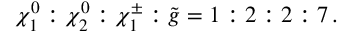
\chi _ { 1 } ^ { 0 } : \chi _ { 2 } ^ { 0 } : \chi _ { 1 } ^ { \pm } : \tilde { g } = 1 : 2 : 2 : 7 \, .